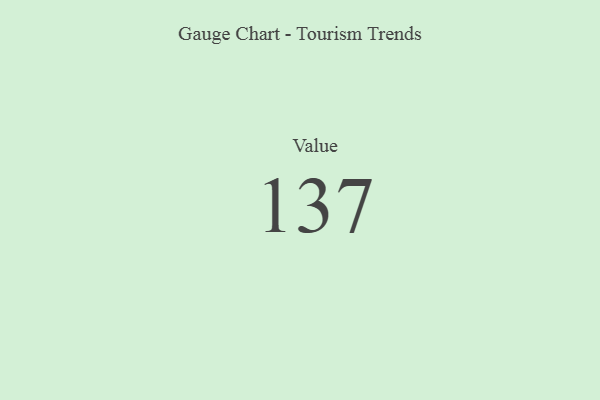
{"axis": {"x": "Metric", "y": "Value"}, "legend": [""], "data": [{"x": "Value", "y": 137, "type": ""}]}